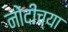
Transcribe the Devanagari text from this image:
नोंदीच्या